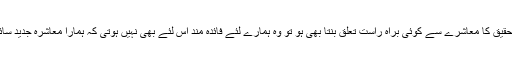
چوتھی وجہ یہ ہے کہ اگر ہمارے ملک میں ہونے والی تحقیق کا معاشرے سے کوئی براہ راست تعلق بنتا بھی ہو تو وہ ہمارے لئے فائدہ مند اس لئے بھی نہیں ہوتی کہ ہمارا معاشرہ جدید سائنسی طرز فکر، تحقیقی و تنقیدی نقطہ نظر کا حامل نہیں۔